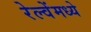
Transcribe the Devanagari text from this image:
रेल्वेंमध्ये